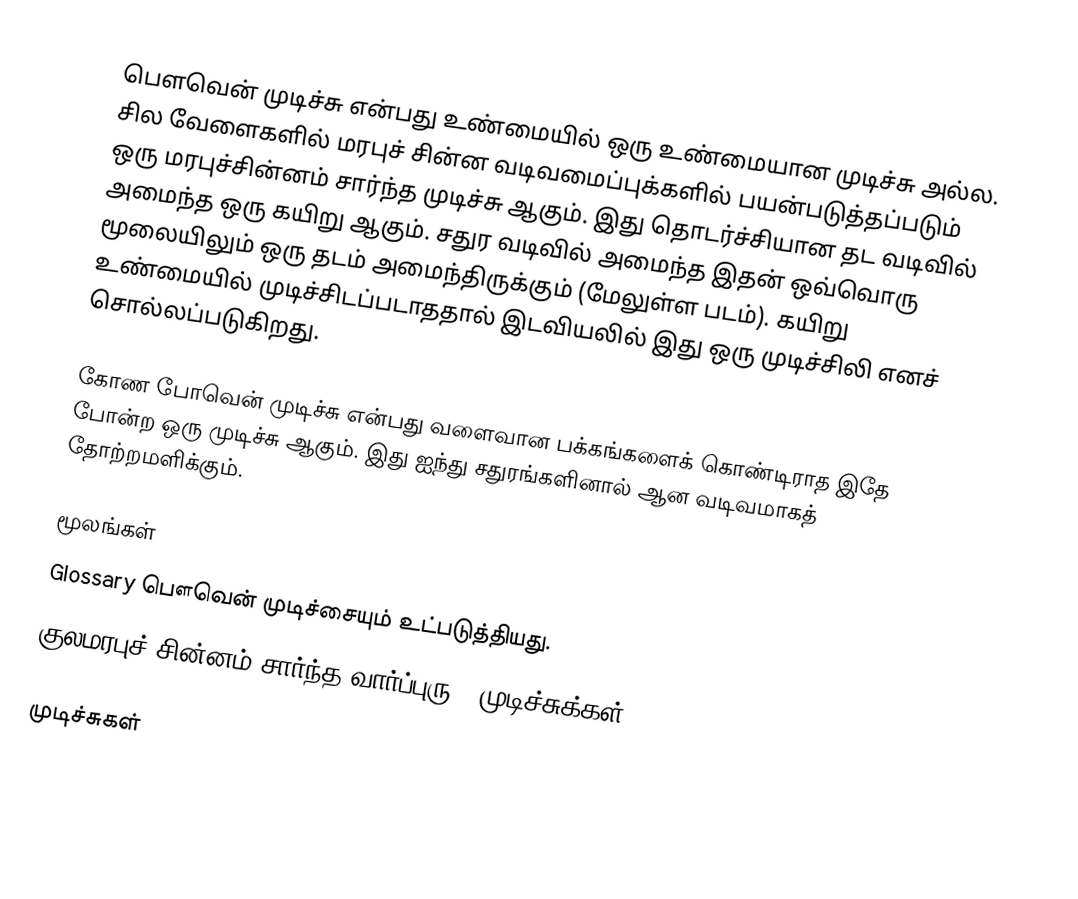
பௌவென் முடிச்சு என்பது உண்மையில் ஒரு உண்மையான முடிச்சு அல்ல. சில வேளைகளில் மரபுச் சின்ன வடிவமைப்புக்களில் பயன்படுத்தப்படும் ஒரு மரபுச்சின்னம் சார்ந்த முடிச்சு ஆகும். இது தொடர்ச்சியான தட வடிவில் அமைந்த ஒரு கயிறு ஆகும். சதுர வடிவில் அமைந்த இதன் ஒவ்வொரு மூலையிலும் ஒரு தடம் அமைந்திருக்கும் (மேலுள்ள படம்). கயிறு உண்மையில் முடிச்சிடப்படாததால் இடவியலில் இது ஒரு முடிச்சிலி எனச் சொல்லப்படுகிறது.

கோண போவென் முடிச்சு என்பது வளைவான பக்கங்களைக் கொண்டிராத இதே போன்ற ஒரு முடிச்சு ஆகும். இது ஐந்து சதுரங்களினால் ஆன வடிவமாகத் தோற்றமளிக்கும்.

மூலங்கள்
 Glossary  பௌவென் முடிச்சையும் உட்படுத்தியது.
 குலமரபுச் சின்னம் சார்ந்த வார்ப்புரு — முடிச்சுக்கள் .

முடிச்சுகள்